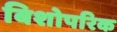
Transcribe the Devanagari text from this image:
बिशोपरिक